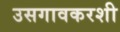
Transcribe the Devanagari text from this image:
उसगावकरशी